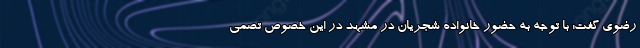
رضوی گفت: با توجه به حضور خانواده شجریان در مشهد در این خصوص تصمی